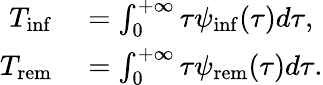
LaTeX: \begin{array}{rl}{T_{\mathrm{inf}}}&{{}=\int_{0}^{+\infty}{\tau\psi_{\mathrm{inf}}(\tau)d\tau},}\\ {T_{\mathrm{rem}}}&{{}=\int_{0}^{+\infty}{\tau\psi_{\mathrm{rem}}(\tau)d\tau}.}\end{array}